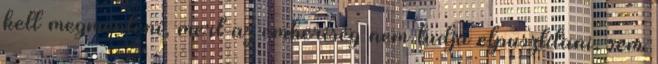
kell megmenteni, mert az emberiség nem tudja elpusztítani, sem